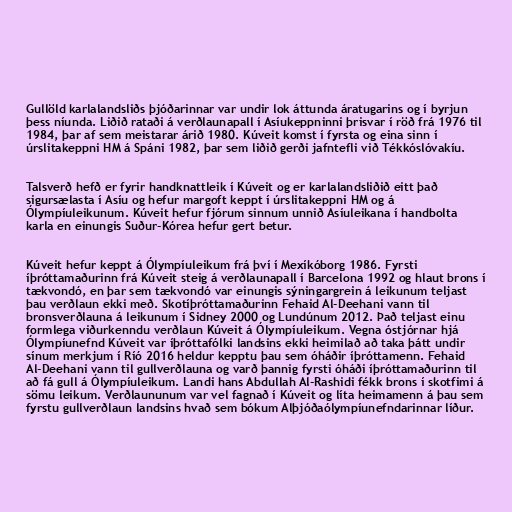
Gullöld karlalandsliðs þjóðarinnar var undir lok áttunda áratugarins og í byrjun
þess níunda. Liðið rataði á verðlaunapall í Asíukeppninni þrisvar í röð frá 1976 til
1984, þar af sem meistarar árið 1980. Kúveit komst í fyrsta og eina sinn í
úrslitakeppni HM á Spáni 1982, þar sem liðið gerði jafntefli við Tékkóslóvakíu.

Talsverð hefð er fyrir handknattleik í Kúveit og er karlalandsliðið eitt það
sigursælasta í Asíu og hefur margoft keppt í úrslitakeppni HM og á
Ólympíuleikunum. Kúveit hefur fjórum sinnum unnið Asíuleikana í handbolta
karla en einungis Suður-Kórea hefur gert betur.

Kúveit hefur keppt á Ólympíuleikum frá því í Mexíkóborg 1986. Fyrsti
íþróttamaðurinn frá Kúveit steig á verðlaunapall í Barcelona 1992 og hlaut brons í
tækvondó, en þar sem tækvondó var einungis sýningargrein á leikunum teljast
þau verðlaun ekki með. Skotíþróttamaðurinn Fehaid Al-Deehani vann til
bronsverðlauna á leikunum í Sidney 2000 og Lundúnum 2012. Það teljast einu
formlega viðurkenndu verðlaun Kúveit á Ólympíuleikum. Vegna óstjórnar hjá
Ólympíunefnd Kúveit var íþróttafólki landsins ekki heimilað að taka þátt undir
sínum merkjum í Ríó 2016 heldur kepptu þau sem óháðir íþróttamenn. Fehaid
Al-Deehani vann til gullverðlauna og varð þannig fyrsti óháði íþróttamaðurinn til
að fá gull á Ólympíuleikum. Landi hans Abdullah Al-Rashidi fékk brons í skotfimi á
sömu leikum. Verðlaununum var vel fagnað í Kúveit og líta heimamenn á þau sem
fyrstu gullverðlaun landsins hvað sem bókum Alþjóðaólympíunefndarinnar líður.